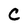
Character: C